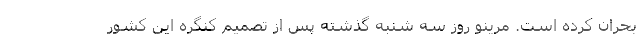
بحران کرده است. مرینو روز سه شنبه گذشته پس از تصمیم کنگره این کشور